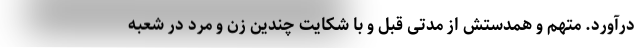
درآورد. متهم و همدستش از مدتی قبل و با شکایت چندین زن و مرد در شعبه